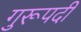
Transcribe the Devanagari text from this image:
गुरूपदी